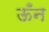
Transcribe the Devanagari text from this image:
ऊँन